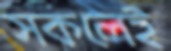
সকলেই